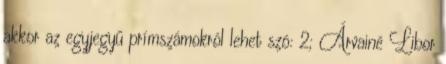
akkor az egyjegyű prímszámokról lehet szó: 2; Árvainé Libor